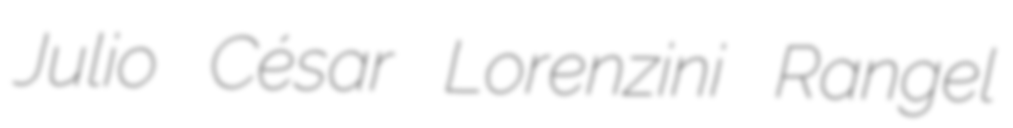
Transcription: Julio César Lorenzini Rangel